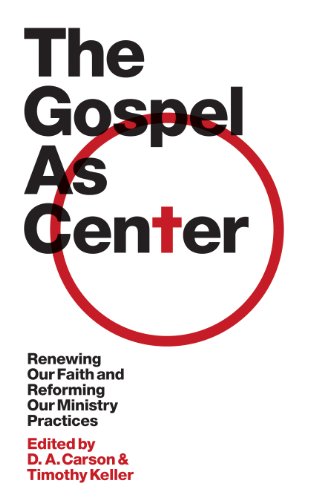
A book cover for The Gospel as Center: Renewing Our Faith and Reforming Our Ministry Practices (The Gospel Coalition); Christian Books & Bibles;